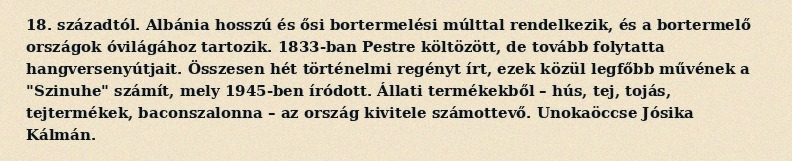
18. századtól. Albánia hosszú és ősi bortermelési múlttal rendelkezik, és a bortermelő országok óvilágához tartozik. 1833-ban Pestre költözött, de tovább folytatta hangversenyútjait. Összesen hét történelmi regényt írt, ezek közül legfőbb művének a "Szinuhe" számít, mely 1945-ben íródott. Állati termékekből – hús, tej, tojás, tejtermékek, baconszalonna – az ország kivitele számottevő. Unokaöccse Jósika Kálmán.